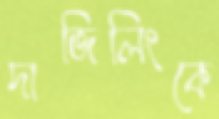
দাজিলিংকে